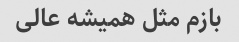
بازم مثل همیشه عالی